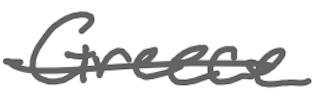
Text: Greece
Cross-out: single-line
Writing tool: digital_gray